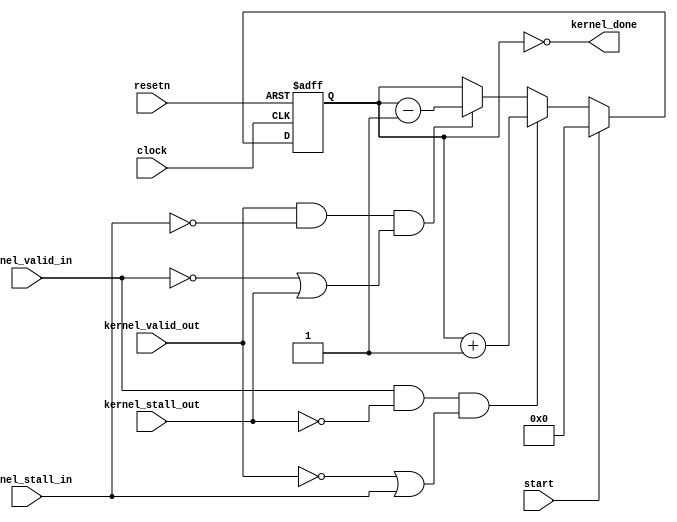
module acl_kernel_done_detector
#(
  parameter WIDTH = 32       
)
(
  input clock,
  input resetn,
  input start,         
  input kernel_stall_out,
  input kernel_valid_in,
  input kernel_stall_in,
  input kernel_valid_out,
  output kernel_done
);
  reg [WIDTH-1:0] items_not_done;
  assign all_items_sent = ~kernel_valid_in & ~kernel_stall_out;
  assign kernel_done = (items_not_done == {WIDTH{1'b0}});
  always @(posedge clock or negedge resetn)
  begin
    if ( ~resetn )
      items_not_done <= {WIDTH{1'b0}};
    else if ( start )
      items_not_done <= {WIDTH{1'b0}};
    else begin
        if (kernel_valid_in & ~kernel_stall_out & (~kernel_valid_out | kernel_stall_in))
          items_not_done <= (items_not_done + 2'b01);    
        else
        if (kernel_valid_out & ~kernel_stall_in & (~kernel_valid_in | kernel_stall_out))
            items_not_done <= (items_not_done - 2'b01);  
    end
  end
endmodule